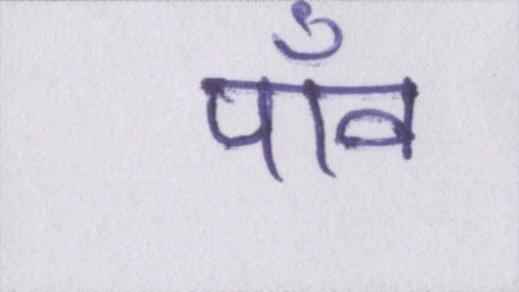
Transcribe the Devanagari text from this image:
पाँव